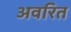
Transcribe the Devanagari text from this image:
अवरित